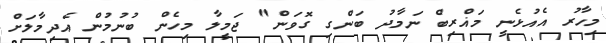
މިހާރު އެއުޅެނީ މަޣްރިބް ނަމާދު ބަންގި ގޮވަން" ޖަމީލާ މިހެން ބުނުމުން އެދިމާލަށް